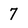
Character: 7